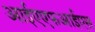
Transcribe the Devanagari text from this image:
आईएएफआईएस